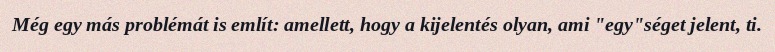
Még egy más problémát is említ: amellett, hogy a kijelentés olyan, ami "egy"séget jelent, ti.